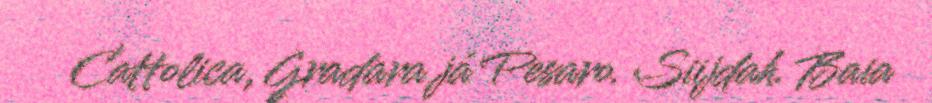
Cattolica, Gradara já Pesaro. Siijdah. Baia